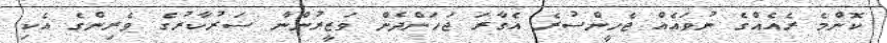
ކޮންމެ ރެއެއްގެ ނުވައެއް ޖެހީންސުރެ އެގާރަ ޖަހަންދެން ވަޒީރުންނާ ސަރުކާރުގެ ވެރިންގެ އެކި